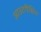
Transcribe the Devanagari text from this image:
आउटगैसिंग